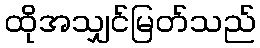
ထိုအသျှင်မြတ်သည်